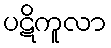
ပဋိကူလာ